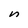
Character: n